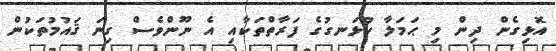
އޮޅިގެން ދިން މި ޙަމަލާ ހުޅަނގުގެ ފަރާތްތަކާއި އެ ނޫންވެސް ގިނަ ޤައުމުތަކުން